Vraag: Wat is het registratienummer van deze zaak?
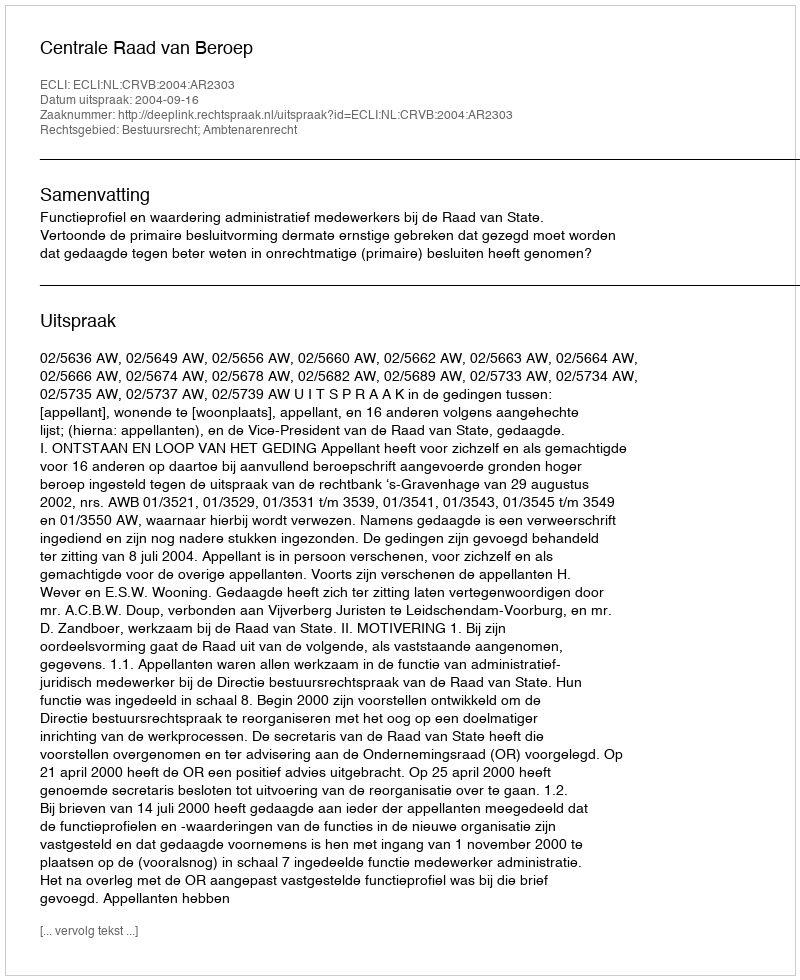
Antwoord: http://deeplink.rechtspraak.nl/uitspraak?id=ECLI:NL:CRVB:2004:AR2303